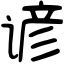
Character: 谚